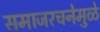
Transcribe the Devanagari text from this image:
समाजरचनेमुळे